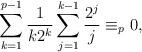
LaTeX: \begin{align*}\sum_{k=1}^{p-1}\frac{1}{k2^k}\sum_{j=1}^{k-1} \frac{2^j}{j}\equiv_{p} 0,\end{align*}